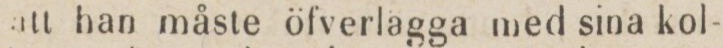
att han måste öfverlägga med sina kol-